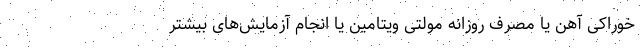
خوراکی آهن یا مصرف روزانه مولتی ویتامین یا انجام آزمایش‌های بیشتر